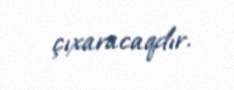
çıxaracaqdır.